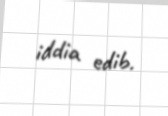
iddia edib.